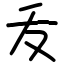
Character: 叐